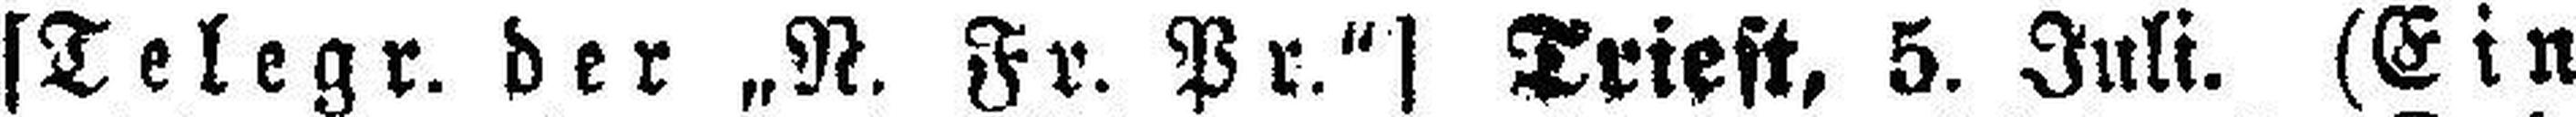
[Telegr. der „N. Fr. Pr.“] Triest, 5. Juli. (Ein